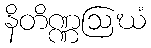
နိတိဏ္ဏဩဃံ